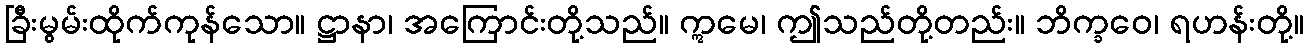
ခြီးမွမ်းထိုက်ကုန်သော။ ဋ္ဌာနာ၊ အကြောင်းတို့သည်။ ဣမေ၊ ဤသည်တို့တည်း။ ဘိက္ခဝေ၊ ရဟန်းတို့။